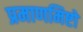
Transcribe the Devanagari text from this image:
प्रमाणमिष्टो